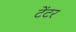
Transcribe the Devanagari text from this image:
टेंटर